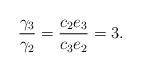
LaTeX: \begin{align*}\frac{\gamma_{3}}{\gamma_{2}}= \frac{c_{2}e_{3}}{c_{3}e_{2}}=3.\end{align*}